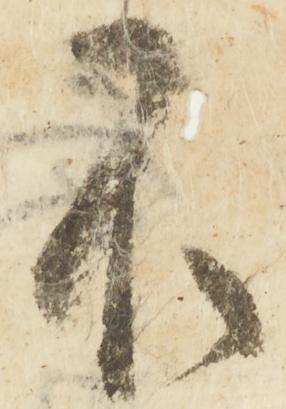
不